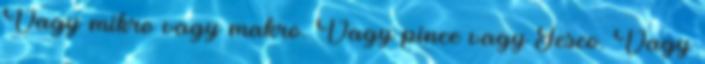
Vagy mikro vagy makro. Vagy pince vagy Tesco. Vagy